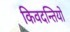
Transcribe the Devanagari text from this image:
किवदन्तियों